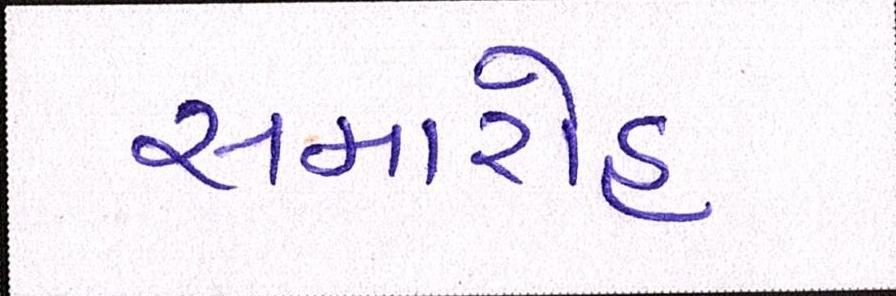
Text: સમારોહ